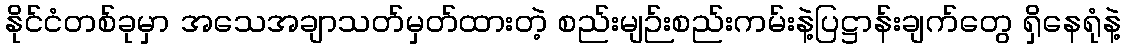
နိုင်ငံတစ်ခုမှာ အသေအချာသတ်မှတ်ထားတဲ့ စည်းမျဉ်းစည်းကမ်းနဲ့ပြဋ္ဌာန်းချက်တွေ ရှိနေရုံနဲ့